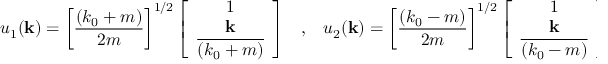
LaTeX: u _ { 1 } ( { \bf k } ) = \left[ \frac { ( k _ { 0 } + m ) } { 2 m } \right] ^ { 1 / 2 } \left[ \begin{array} { c } { { 1 } } \\ { { { \bf k } } } \\ { { \overline { { { ( k _ { 0 } + m ) } } } } } \end{array} \right] \; \; \; , \; \; \; u _ { 2 } ( { \bf k } ) = \left[ \frac { ( k _ { 0 } - m ) } { 2 m } \right] ^ { 1 / 2 } \left[ \begin{array} { c } { { 1 } } \\ { { { \bf k } } } \\ { { \overline { { { ( k _ { 0 } - m ) } } } } } \end{array} \right] \; .